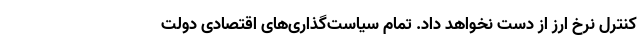
کنترل نرخ ارز از دست نخواهد داد. تمام سیاست‌گذاری‌های اقتصادی دولت